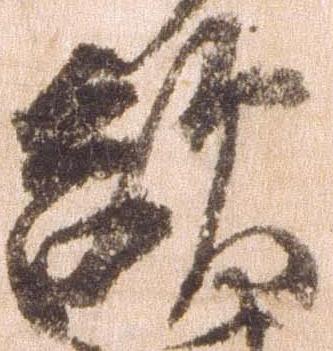
敵